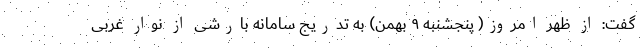
گفت: از ظهر امروز( پنجشنبه ۹ بهمن) به تدریج سامانه بارشی از نوار غربی